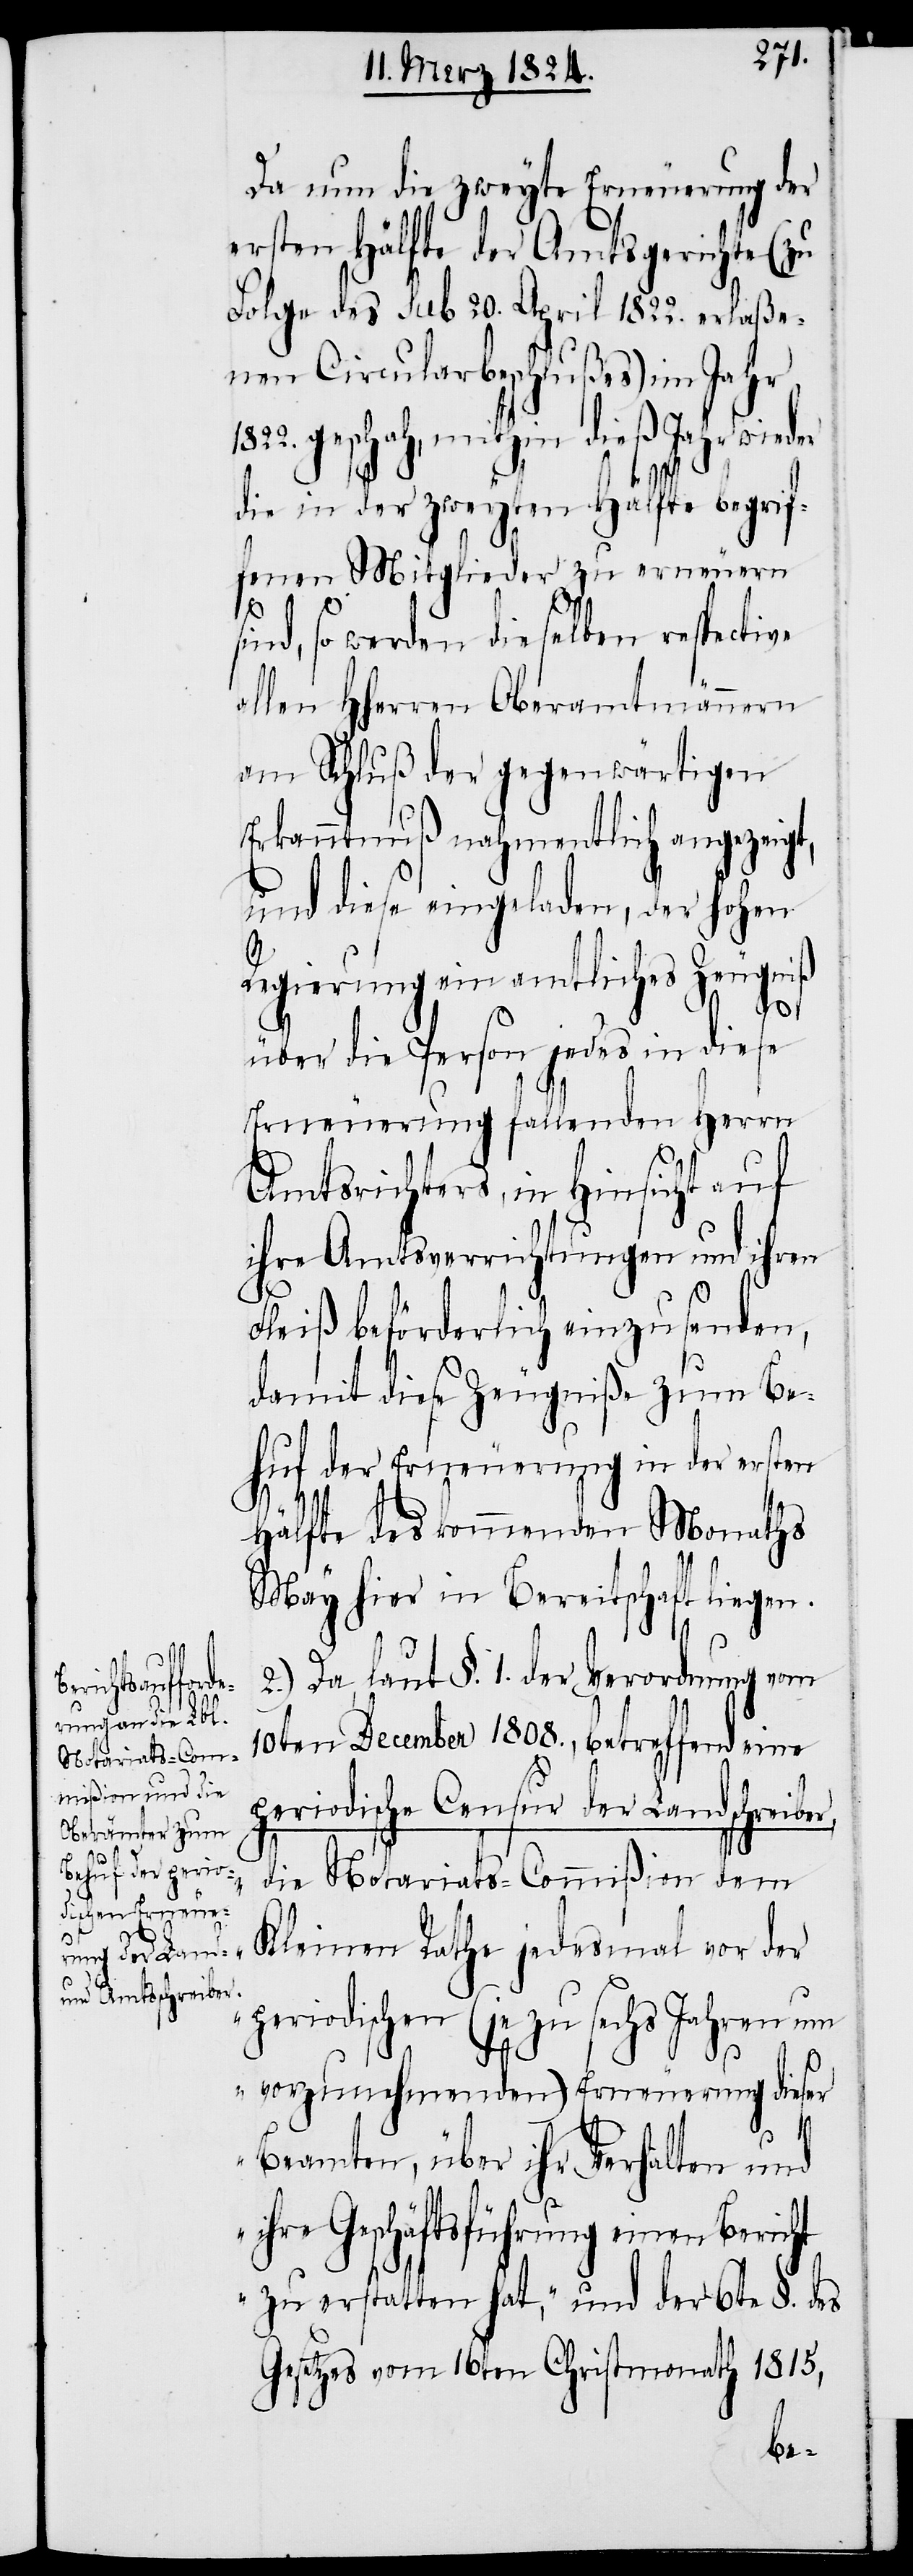
i¬
pe¬

Da nun die zweyte Erneuerung der
ersten Hälfte der Amtsgerichte (zu
Folge des sub 20. April 1822. erlaße¬
nen Circularbeschlußes) im Jahr
geschah, mithin dieß Jahr wieder
ber,
die in der zweyten Hälfte begrif¬
fenen Mitglieder zu erneuern
1822.
sind, so werden dieselben respective
allen HHerren Oberamtmännern
am Schluß der gegenwärtigen
Erkanntnuß nahmentlich angezeigt,
und diese eingeladen, der hohen
Regierung ein amtliches Zeugniß
über die Person jedes in diese
Erneuerung fallenden Herrn
Amtsrichters, in Hinsicht auf
ihre Amtsverrichtungen und ihren
Fleiß beförderlich einzusenden,
damit diese Zeugniße zum Be¬
huf der Erneuerung in der ersten
Hälfte des kommenden Monaths
May hier in Bereitschaft liegen.
2.) Da, laut §. 1. der Verordnung vom
10ten December 1808., betreffend eine
riodische Censur der Landschrei¬
„die Notariats-Commißion dem
Kleinen Rathe jedesmal vor der
periodischen (je zu sechs Jahren um
vorzunehmenden) Erneuerung dieser
Beamten, über ihr Verhalten und
hre Geschäftsführung einen
zu erstatten hat“, und der 6te §. des
Gesetzes vom 16ten Christmonath 1815,